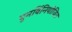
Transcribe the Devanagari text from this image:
पुनर्विनियोजित